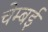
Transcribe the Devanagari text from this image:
चेम्बई